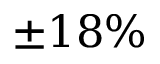
\pm 1 8 \%